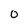
Character: 0